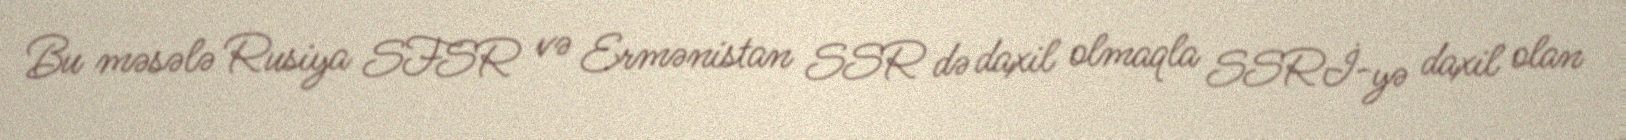
Bu məsələ Rusiya SFSR və Ermənistan SSR də daxil olmaqla SSRİ-yə daxil olan